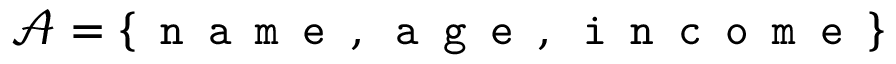
{ \mathcal { A } } = \{ { \texttt { n a m e } } , { \texttt { a g e } } , { \texttt { i n c o m e } } \}